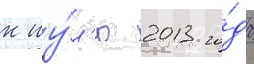
к иу́л'ю 2013 го́да